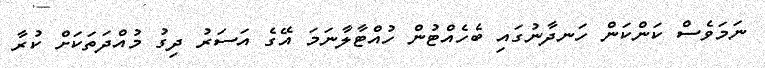
ނަމަވެސް ކަންކަން ހަނދާނުގައި ބެހެއްޓުން ހުއްޓާލާނަމަ އޭގެ އަސަރު ދިގު މުއްދަތަކަށް ކުރާ